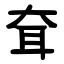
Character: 耷